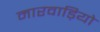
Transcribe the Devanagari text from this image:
मारवाड़ियो